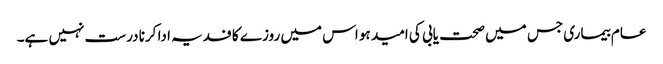
عام بیماری جس میں صحت یابی کی امید ہو اس میں روزے کا فدیہ ادا کرنا درست نہیں ہے۔